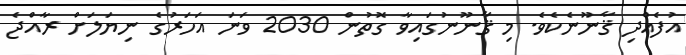
އުފެއްދި ޤާނޫނެކެވެ. މި ޤާނޫނުގައިވާ ގޮތުން 2030 ވަނަ އަހަރުގެ ނިޔަލަށް ރާއްޖެ